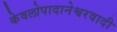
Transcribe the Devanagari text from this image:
केवलोपादानेश्वरवादी